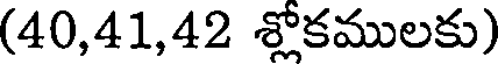
(40,41,42 శ్లోకములకు)